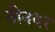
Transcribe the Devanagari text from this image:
तीनवर